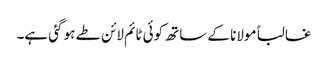
غالبا ًمولانا کے ساتھ کوئی ٹائم لائن طے ہو گئی ہے۔